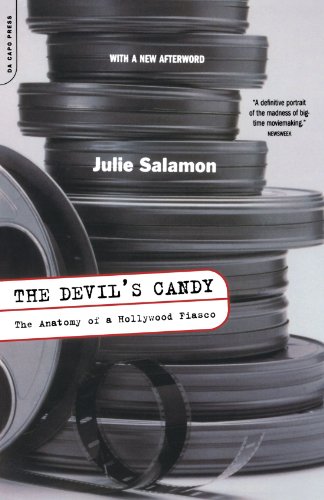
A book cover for The Devil's Candy: The Anatomy Of A Hollywood Fiasco; Julie Salamon; Humor & Entertainment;